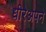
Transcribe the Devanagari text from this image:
धीरेअपने